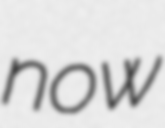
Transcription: now